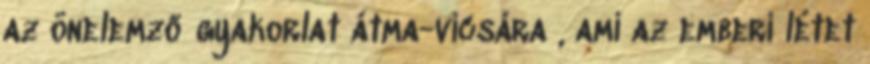
az önelemző gyakorlat átma-vicsára , ami az emberi létet